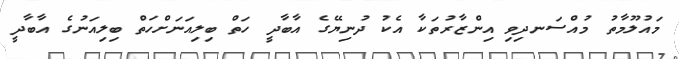
މައުލޫމާތު މުއްސަނދިވި އިންޒާރުތަކާ އެކު ދުނިޔޭގެ އާބާދީ ހަތް ބިލިއަނަށްހަތް ބިލިއަނުގެ އާބާދީ